system: You are a helpful assistant.
user:
Analyze the provided spectrum to determine if it is a **M-type Giant (gM)**.

A M-type Giant spectrum is defined by its **strong molecular absorption** features, particularly from **Titanium Oxide (TiO)**. You must check for one of the following mutually exclusive signatures:

- **Key Visual Indicators (Absorption-Dominated Spectrum):**

    - **(Primary):** The spectrum is dominated by strong molecular absorption from **Titanium Oxide (TiO)**. This is the **defining feature** of its M-type temperature class.
        - **(Key Bandheads):** Look for sharp, "saw-tooth" absorption valleys. The strongest are located near **~7050 Å**, **~6160 Å**, and **~5170 Å**.
        - **(Line Profile):** The "saw-tooth" morphology is critical: a **sharp, steep drop on the BLUE (short-wavelength) side** of the bandhead, followed by a gradual recovery (rising flux) towards the RED (long-wavelength) side.

    - **(Key Confirmation - Giant vs. Dwarf):** **ABSENCE** of strong **Calcium Hydride (CaH)** molecular bands. This is the primary diagnostic for *excluding* M-dwarfs.
        - **(Key Region):** The spectrum should lack the strong, broad absorption band seen in dwarfs between **~6800 Å and ~7000 Å**.

    - **(Secondary Confirmation - Giant):** A very strong and broad **Neutral Calcium (Ca I)** atomic absorption line.
        - **(Key Line):** Located at **~4226 Å**. In a giant (gM), this line is significantly deeper and broader than the same line in an M-dwarf (dM) due to low surface gravity.

    - **(Overall Spectrum):**
        - The continuum is **extremely red-sloping** (i.e., flux is very low in the blue and rises dramatically towards the red).
        - The entire spectrum appears "chopped up" by the deep TiO bands.

Think first, call **spectral_visualization_tool** if needed to examine features in detail, then provide your final answer. Your response must adhere to the following strict rules:
1.  **Overall Structure:** Your response must follow the format `<think>...</think> <tool_call>...</tool_call> (if a tool is used) <answer>...</answer>`.
2.  **Tool Usage Constraint:** You may only make **one** tool call per turn.
3.  **Final Answer Format:** In the `<answer>` tag, your conclusion must be inside a `\boxed{}` command (e.g., `\boxed{YES}` or `\boxed{NO}`), followed by your justification.

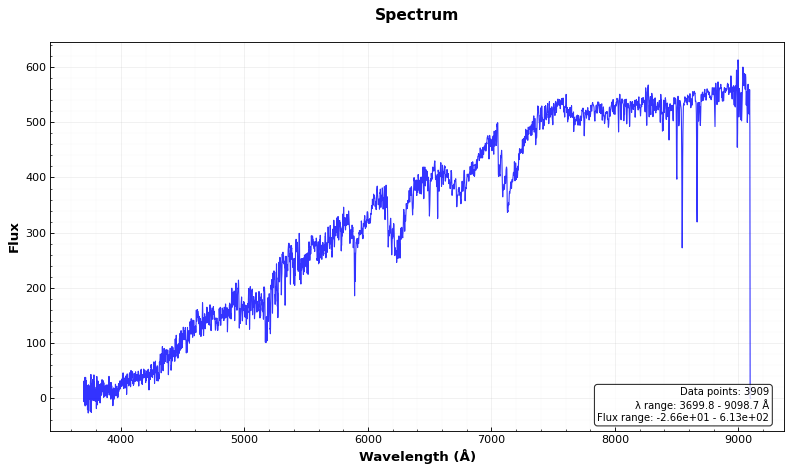
Answer: YES